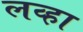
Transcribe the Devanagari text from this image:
लव्हा